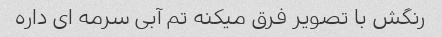
رنگش با تصویر فرق میکنه تم آبی سرمه ای داره